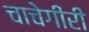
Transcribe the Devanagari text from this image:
चाचेगीरी